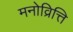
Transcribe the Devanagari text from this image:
मनोव्रित्ति